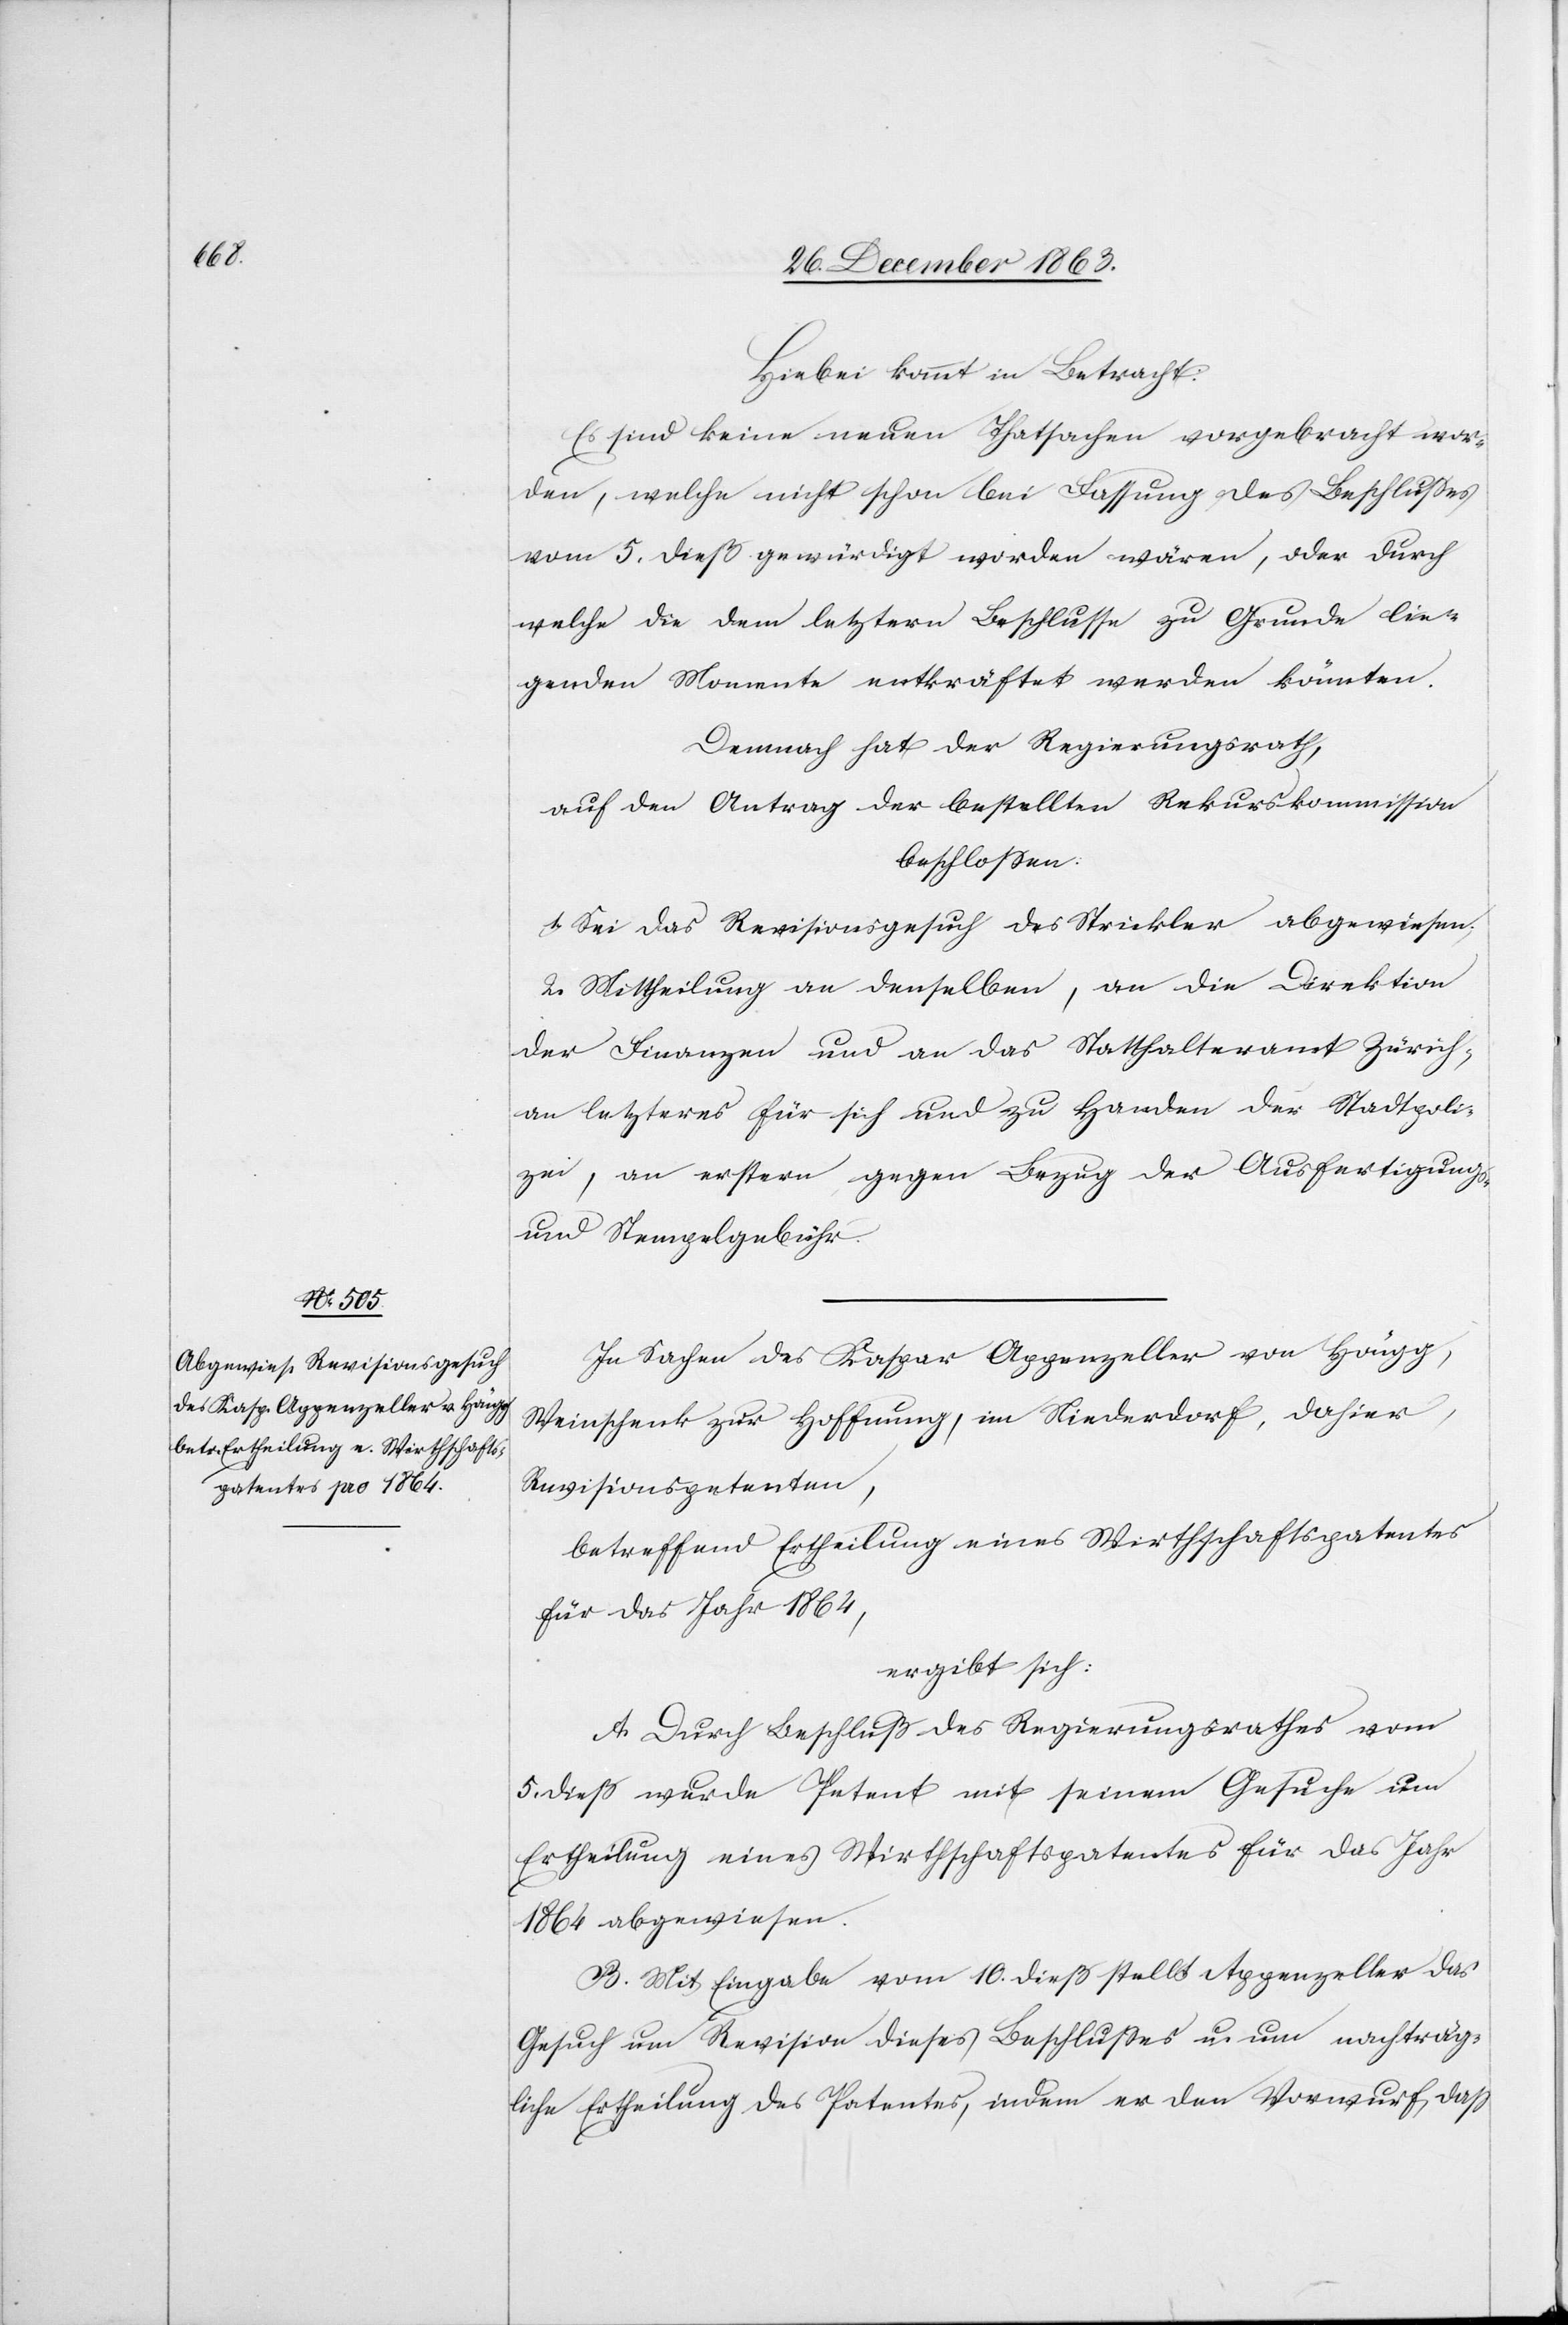
Hiebei kommt in Betracht:
Es sind keine neuen Thatsachen vorgebracht wor¬
den, welche nicht schon bei Fassung des Beschlusses
vom 5. dieß gewürdigt worden wären, oder durch
welche die dem letztern Beschlusse zu Grunde lie¬
genden Momente entkräftet werden könnten.
Demnach hat der Regierungsrath,
auf den Antrag der bestellten Rekurskommission
beschlossen:
1. Sei das Revisionsgesuch des Strickler abgewiesen;
2. Mittheilung an denselben, an die Direktion
der Finanzen und das Statthalteramt Zürich,
an letzteres für sich und zu Handen der Stadtpoli¬
zei, an erstern gegen Bezug der Ausfertigungs-
und Stempelgebühr.
In Sachen des Kaspar Appenzeller von Höngg,
Weinschenk zur Hoffnung, im Niederdorf, dahier,
Revisionspetenten,
betreffend Ertheilung eines Wirthschaftspatentes
für das Jahr 1864,
ergibt sich:
A. Durch Beschluß des Regierungsrathes vom
5. dieß wurde Petent mit seinem Gesuche um
Ertheilung eines Wirthschaftspatentes für das Jahr
1864 abgewiesen.
B. Mit Eingabe vom 10. dieß stellt Appenzeller das
Gesuch um Revision dieses Beschlusses u. um nachträg¬
liche Ertheilung des Patentes, indem er den Vorwurf, dass